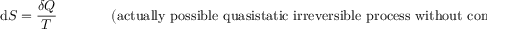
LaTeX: \mathrm { d } S = { \frac { \delta Q } { T } } \, \, \, \, \, \, \, \, \, \, \, \, \, \, \, \, \, \, \, \, \, \, \, { \mathrm { ( a c t u a l l y ~ p o s s i b l e ~ q u a s i s t a t i c ~ i r r e v e r s i b l e ~ p r o c e s s ~ w i t h o u t ~ c o m p o s i t i o n ~ c h a n g e ) . } }